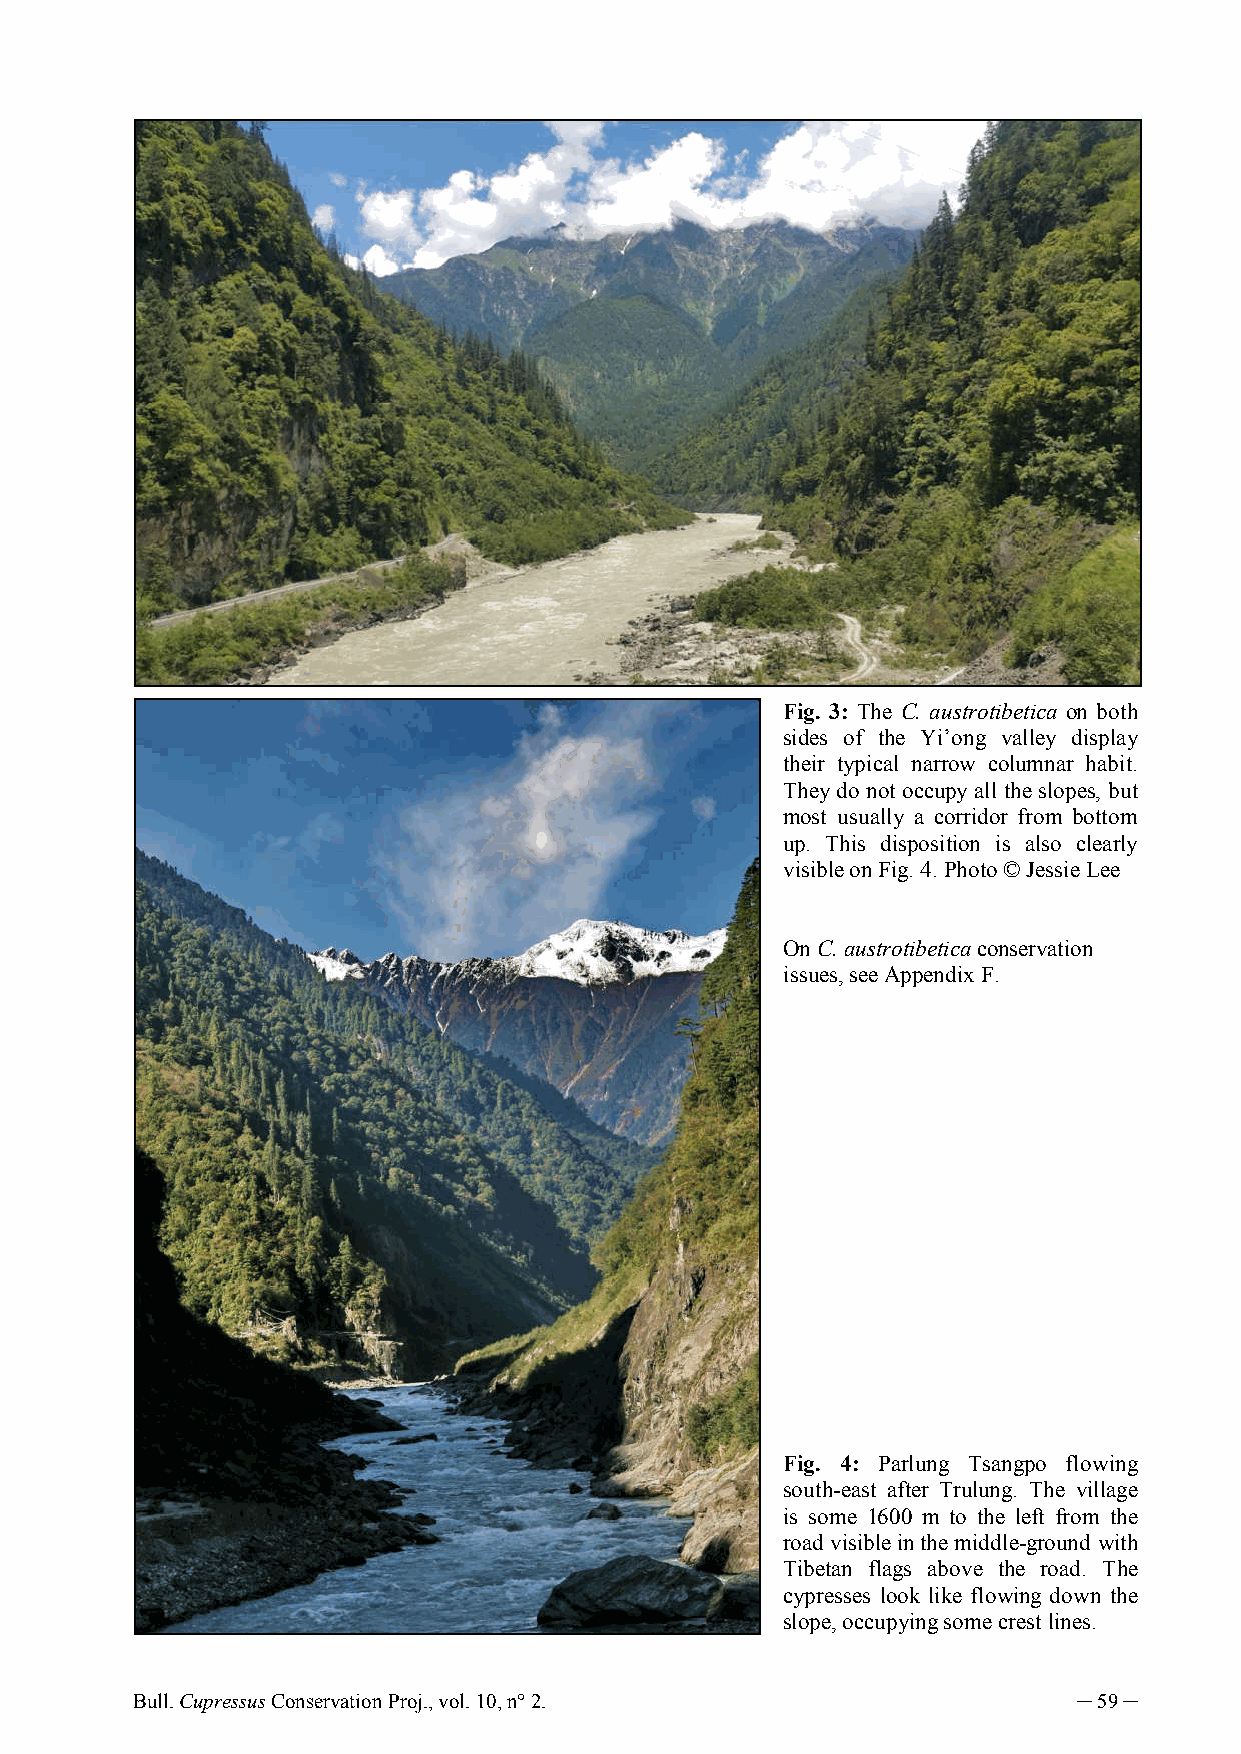
Fig. 3: The C. austrotibetica on both
 sides of the Yi’ong valley display
 their typical narrow columnar habit.
 They do not occupy all the slopes, but
 most usually a corridor from bottom
 up. This disposition is also clearly
 visible on Fig. 4. Photo © Jessie Lee
 On C. austrotibetica conservation
 issues, see Appendix F.
 Fig. 4: Parlung Tsangpo flowing
 south-east after Trulung. The village
 is some 1600 m to the left from the
 road visible in the middle-ground with
 Tibetan flags above the road. The
 cypresses look like flowing down the
 slope, occupying some crest lines.
 Bull. Cupressus Conservation Proj., vol. 10, n° 2.            ─ 59 ─